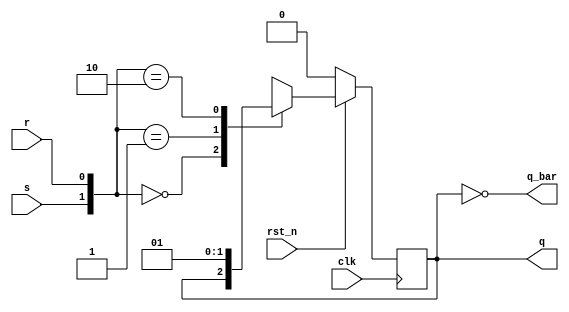

module SR_flipflop (
  input clk, rst_n,
  input s,r,
  output reg q,
  output q_bar
  );
 
  always@(posedge clk) begin // for synchronous reset
    if(!rst_n) q <= 0;
    else begin
      case({s,r})
        2'b00: q <= q;    // No change
        2'b01: q <= 1'b0; // reset
        2'b10: q <= 1'b1; // set
        2'b11: q <= 1'bx; // Invalid inputs
      endcase
    end
  end
  assign q_bar = ~q;
endmodule